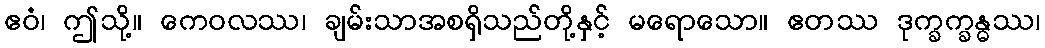
ဧဝံ၊ ဤသို့။ ကေဝလဿ၊ ချမ်းသာအစရှိသည်တို့နှင့် မရောသော။ ဧတဿ ဒုက္ခက္ခန္ဓဿ၊